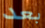
بعد